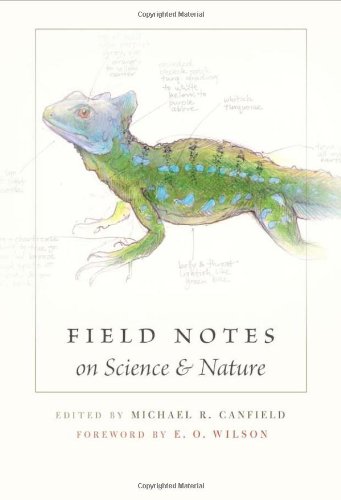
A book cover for Field Notes on Science & Nature; Science & Math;